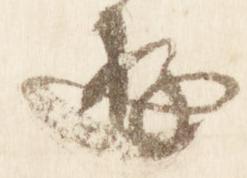
遊